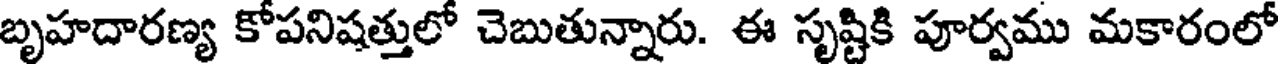
బృహదారణ్య కోపనిషత్తులో చెబుతున్నారు. ఈ సృష్టికి పూర్వము మకారంలో